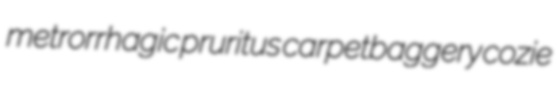
metrorrhagic pruritus carpetbaggery cozie